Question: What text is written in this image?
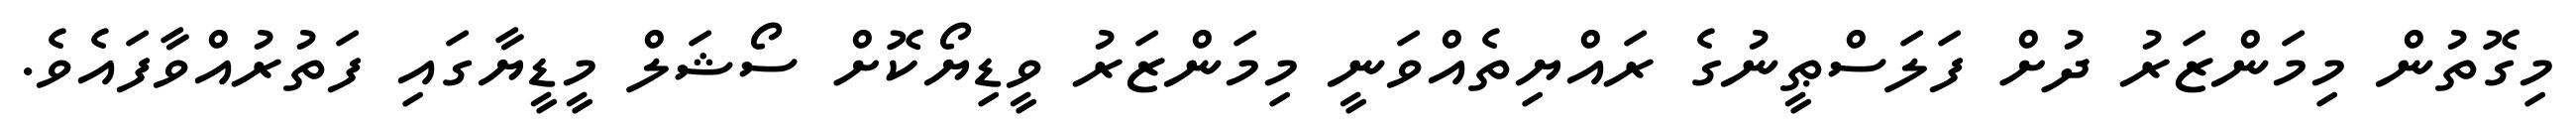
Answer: މިގޮތުން މިމަންޒަރު ދުށް ފަލަސްޠީނުގެ ރައްޔިތެއްވަނީ މިމަންޒަރު ވީޑިޔޯކޮށް ސޯޝަލް މީޑީޔާގައި ފަތުރުއްވާފައެވެ.